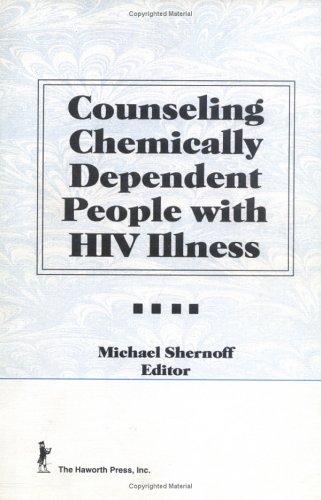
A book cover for Counseling Chemically Dependent People with HIV Illness; Michael Shernoff; Medical Books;